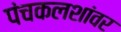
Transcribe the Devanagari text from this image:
पंचकलशांवर